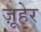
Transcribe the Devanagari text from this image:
ज़ूहेर